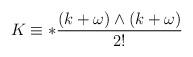
LaTeX: \begin{align*}K \equiv *{(k + \omega) \wedge (k + \omega) \over 2!}\end{align*}